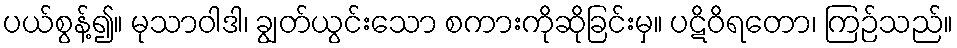
ပယ်စွန့်၍။ မုသာဝါဒါ၊ ချွတ်ယွင်းသော စကားကိုဆိုခြင်းမှ။ ပဋိဝိရတော၊ ကြဉ်သည်။